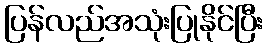
ပြန်လည်အသုံးပြုနိုင်ပြီး